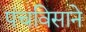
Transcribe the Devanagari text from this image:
पंचविसाने